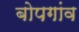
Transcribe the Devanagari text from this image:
बोपगांव